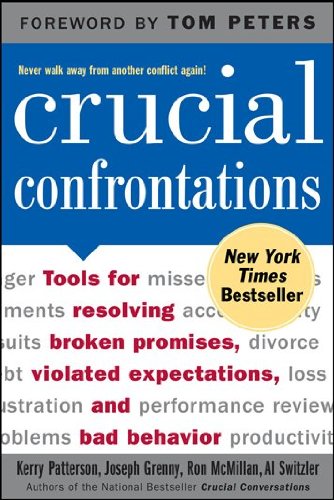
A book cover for Crucial Confrontations: Tools for Resolving Broken Promises, Violated Expectations, and Bad Behavior; Kerry Patterson; Business & Money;